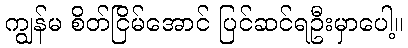
ကျွန်မ စိတ်ငြိမ်အောင် ပြင်ဆင်ရဦးမှာပေါ့။